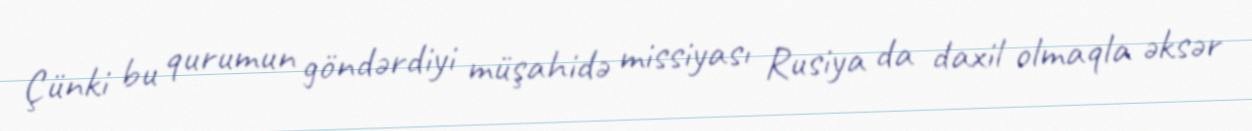
Çünki bu qurumun göndərdiyi müşahidə missiyası Rusiya da daxil olmaqla əksər